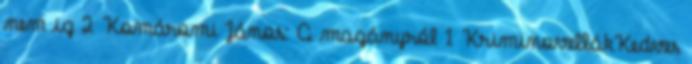
nem ig 2 Komáromi János: A magányról 1 KriminovellákKedves